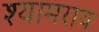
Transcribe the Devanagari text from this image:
श्यामराय